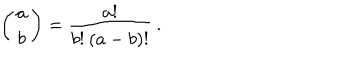
LaTeX: \left( \begin{array} { c } { { a } } \\ { { b } } \\ \end{array} \right) = \frac { a ! } { b ! \: ( a - b ) ! } \: .